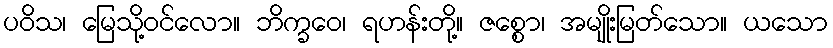
ပဝိသ၊ မြေသို့ဝင်လော။ ဘိက္ခဝေ၊ ရဟန်းတို့။ ဇစ္စော၊ အမျိုးမြတ်သော။ ယသော